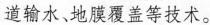
道输水、地膜覆盖等技术。